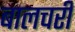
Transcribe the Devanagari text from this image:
बालचरी